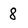
Character: 8